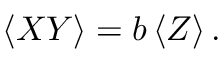
\left< X Y \right> = b \left< Z \right> .